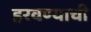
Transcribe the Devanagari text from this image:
हरवण्याची